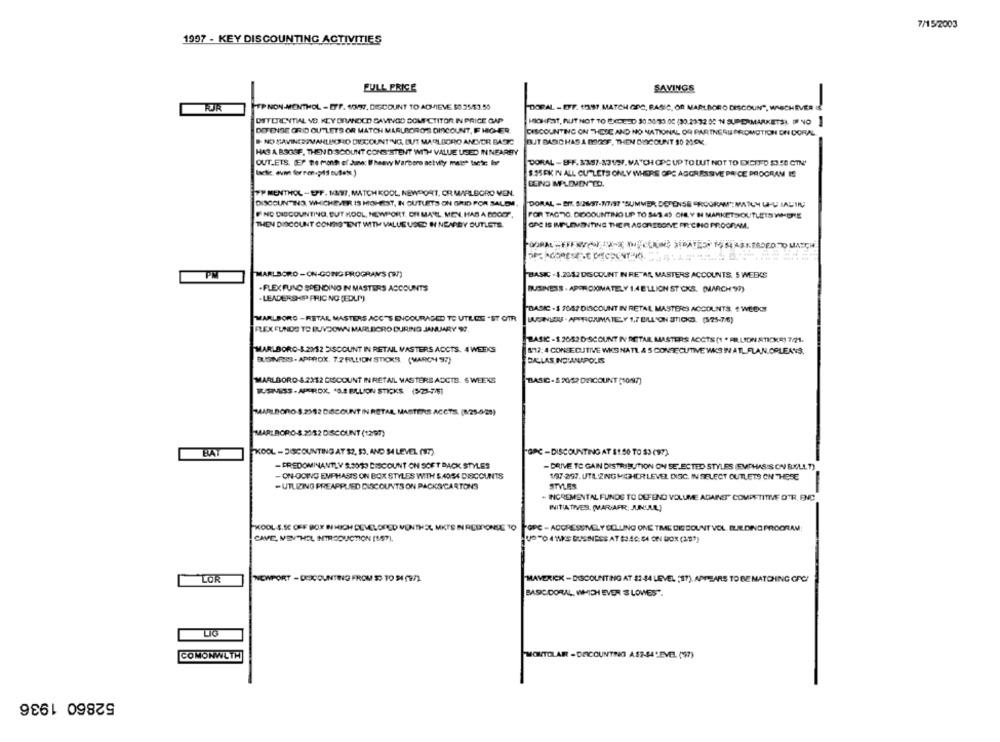
7/15/2003
1997 - KEY DISCOUNTING ACTIVITIES
FULL PRICE
SAVINGS
KJR
HP NON-MONTHOL - EFF. 4097, DISCOUNT TO ACHIEVE 50.35/53.50
"DORAL - EFF. 1997, MATCH GDC, BASIC, OR MARLBORO DISCOUN", WISCHEVER
DITERIENITIAL VS. KEY DRUANDCD SAVINGO DOME CTITOR IN PRICE GAP
HIGHFAT, AUT NOT TO EXCEED 30.30-33.00 (30.23:32 00 N SUPERMARKETS). IF NO
DEFENSE GRID OUTLETS OR MATCH MARLBORO'S DISCOUNT, F HIGHER.
DISCOUNTING ON THESE AND NO NATIONAL OR PARTNERU PROMOTION ON DORAL
NO SAVINEREVANLISCIO DISCOUNTING, BUT MARLBORO ANCOR BASK:
BUJT BASIC HAS A DOGOF, THEN DISCOUNT 10 MOK
HAS A BSGGF. THEN DISCOUNT CONSISTENT WITH VALUE USED IN NEARBY
OUT.ETS. (EP the month of June: Whenvy Marboro achvilly mateª tsctr; for
DORAL - BF-F. 3387-83137. MATCH OPC UP TO LUT NOT TO EXCITED $3.50 CTN'
$.35EK IN ALL CUTLETS ONLY WHERE OPE AGGRESSIVE PR CE PROGRAM IS
BEING MPLOVEN TO.
TP MENTHOL -EFF. 1397, MATCH KOOL, NEWPORT, OR MARLBORO VEN.
DISCOUNTINS, WHICHEVER IS HIGHEST, IN CUTLETS ON GRID FOR SALOM
DOMAL - BNf. 5/26/97-7/7/97 "SUMMER DEFENSE "ROGRAM"; MATUM UHU MALIN
F ND DISCOUNTING, BUT KOOL, NEWPORT, OR MARL MEN. HAS A BOOET.
FOR TAG"IG. DIDCOUNTING UP TO 543 45 CHELY N MARKETSOUTLETS WHORE
THEN DISCOUNT CONSISTENT WITH VALUE USED IN NEARBY OUTLETS.
GAC IS IMPLEMENTING THEIR ASORESONE PR'CHIC PROGRAM.
MARLBORO -ON-GOING PROGRAMS (97)
BASIC - 4.2082 DISCOUNT IN RE"AN MASTERS ACCOUNTS. 5 WEEKS
PM
-FLEX FUND SPENDING IN MASTERS ACCOUNTS
BUSINESS . APPROXIMATELY 1.4 ELLION ST CKS. (MARCH 9)
-LEADERSHIP PHIC NO (EDLA")
DASIC -$ 1057 DISCOUNT IN RETAIL MASTERS ACCOUNTS # WEEK
MARLBORO -RETAL MASTERS ACC'S ENCOURAGED TO UTROS "ST OTR
LUGANIERU . APPROJUMATELY 1.7 BILLION STICKS. (5:25-7/6)
FLEX FUNDS TO BUYDOWN MARLBORO DURING JANUARY 97.
BASIC -1 2082DISCOUNT IN RETAIL MASTERS ACCTS (1 * FILLION STICKE) 7/21.
MARLBORO-S.2152 DISCOUNT IN RETAIL MASTERS ACCTS. 4 WEEKS
812:4 CONSECUTIVE WKS NATL & 5 CONSECUTIVE WAS IN A TL FLAN.ORLEANS,
BUSINESS- APPROX. 72 FILLION STICKS (MARCH 97)
DALLAS NOUNAPOLIS
MARLBORO $ 2312 DISCOUNT IN RETAIL MASTERS ACCTS. 6 WEEKS
TIASIC - 5 20/52 DICOUNT (10097)
TUSMISS-APPROX, 40.8 BILLION STICKS ($25-7/5)
MARLBORO $.2382 DISCOUNT IN RETAR MASTERS ACCTS. (1/25-4/28)
MARLBORO-S.2152 DISCOUNT (1297)
BAT
FKOOL -DISCOUNTING AT $2, $3, AND S4 LEVEL (97).
"GPC - DISCOUNTING AT $1.50 TO $3 (97).
-PREDOMINANTLY S.3050 DISCOUNT ON SOFT BACK STYLES
- DRIVE TO GAIN DISTRIBUTION ON SELECTED STYLES (EMPHASIS ON BLULLT)
- ON-ODINS EMPHASIS ON BOX STYLES WITH $ AOS4 DISCOUNTS
1/97-257. UTE ZINGHIGHERLEVEL DISC. IN SELECT OUTLETS ON THESE
- UTLIZING PREAPPLIED DISCOUNTS ON PACKS/CARTONS
STYLES
" INCREMENTAL FUNDS TO DEFEND VOLUME AGAINST" COMPETITIVE D'R. ENC
INITIATIVES. (MARIAFR: JUNSUL)
KOOL-S.SC OFF BOX IHICH DEVELOPED VONTH
PONSE TO POPC - AGGRESSIVELY SELLING ONE TME DISCOUNT VOL ILE DINC PROGRAM
CAVE, MENTHOL INTRODUCTION (157).
LOR
NEWPORT - DESCOUNTING FROM SO TO 54 (9/2
MAVERICK - DISCOUNTING AT $2-44 LEVEL (17). APPEARS TO BE MATCHING GFC/
BASICIDORAL, WHICH EVER S LOWES".
MONTOLAR - DISCOUNTNO AS2-44 LEVEL (97)
COMONWLTH
52860 1936